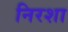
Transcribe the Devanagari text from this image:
निरशा